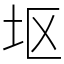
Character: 𫭟